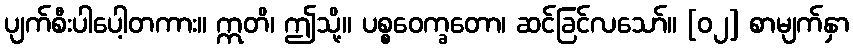
ပျက်စီးပါပေါ့တကား။ ဣတိ၊ ဤသို့။ ပစ္စဝေက္ခတော၊ ဆင်ခြင်လသော်။ [၀၂] စာမျက်နှာ